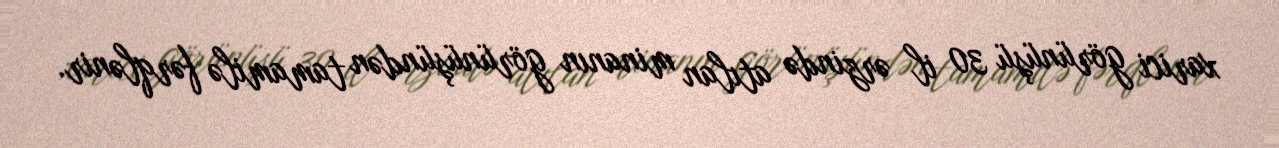
xarici görünüşü 30 il ərzində atılan minanın görünüşündən tamamilə fərqlənir.